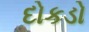
દોકડો